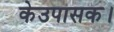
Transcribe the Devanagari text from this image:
केउपासक।